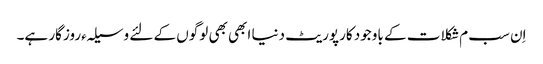
اِن سب م شکلات کے باوجود کارپوریٹ دنیا ابھی بھی لوگوں کے لئے وسیلہءروزگار ہے۔